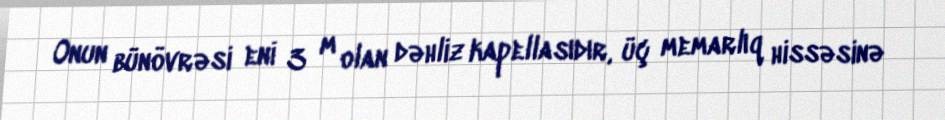
Onun bünövrəsi eni 3 m olan dəhliz kapellasıdır, üç memarlıq hissəsinə